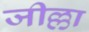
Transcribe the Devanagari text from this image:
जील्ला